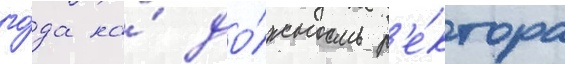
го́да на́ до́лжность р'е́ктора